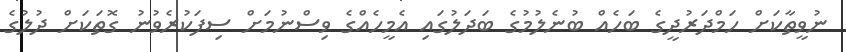
ނުވީތާކަށް ހަމްދަރުދީގެ ބަހެއް ބުނެލުމުގެ ބަދަލުގައި އެމީހެއްގެ ވިސްނުމަށް ސިފަކުރެވުނު ގޮތަކަށް ދުލުގެ